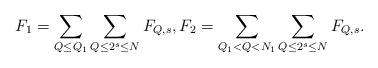
LaTeX: \begin{align*}F_1 = \sum_{Q \leq Q_1} \sum_{Q \leq 2^s \leq N} F_{Q,s},F_2 = \sum_{Q_1 < Q < N_1} \sum_{Q \leq 2^s \leq N} F_{Q,s}.\end{align*}